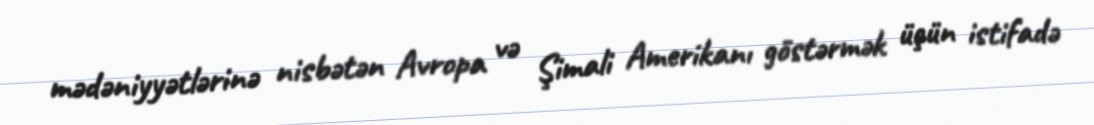
mədəniyyətlərinə nisbətən Avropa və Şimali Amerikanı göstərmək üçün istifadə